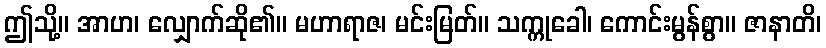
ဤသို့။ အာဟ၊ လျှောက်ဆို၏။ မဟာရာဇ၊ မင်းမြတ်။ သက္ကုခေါ၊ ကောင်းမွန်စွာ။ ဇာနာတိ၊